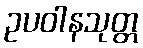
ဥပဝါနသုတ္တ